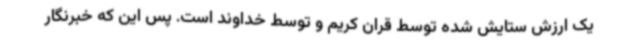
یک ارزش ستایش شده توسط قران کریم و توسط خداوند است. پس این که خبرنگار